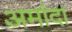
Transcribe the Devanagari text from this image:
अमांदा